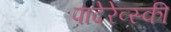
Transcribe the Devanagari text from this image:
पादेरेव्स्की